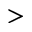
>